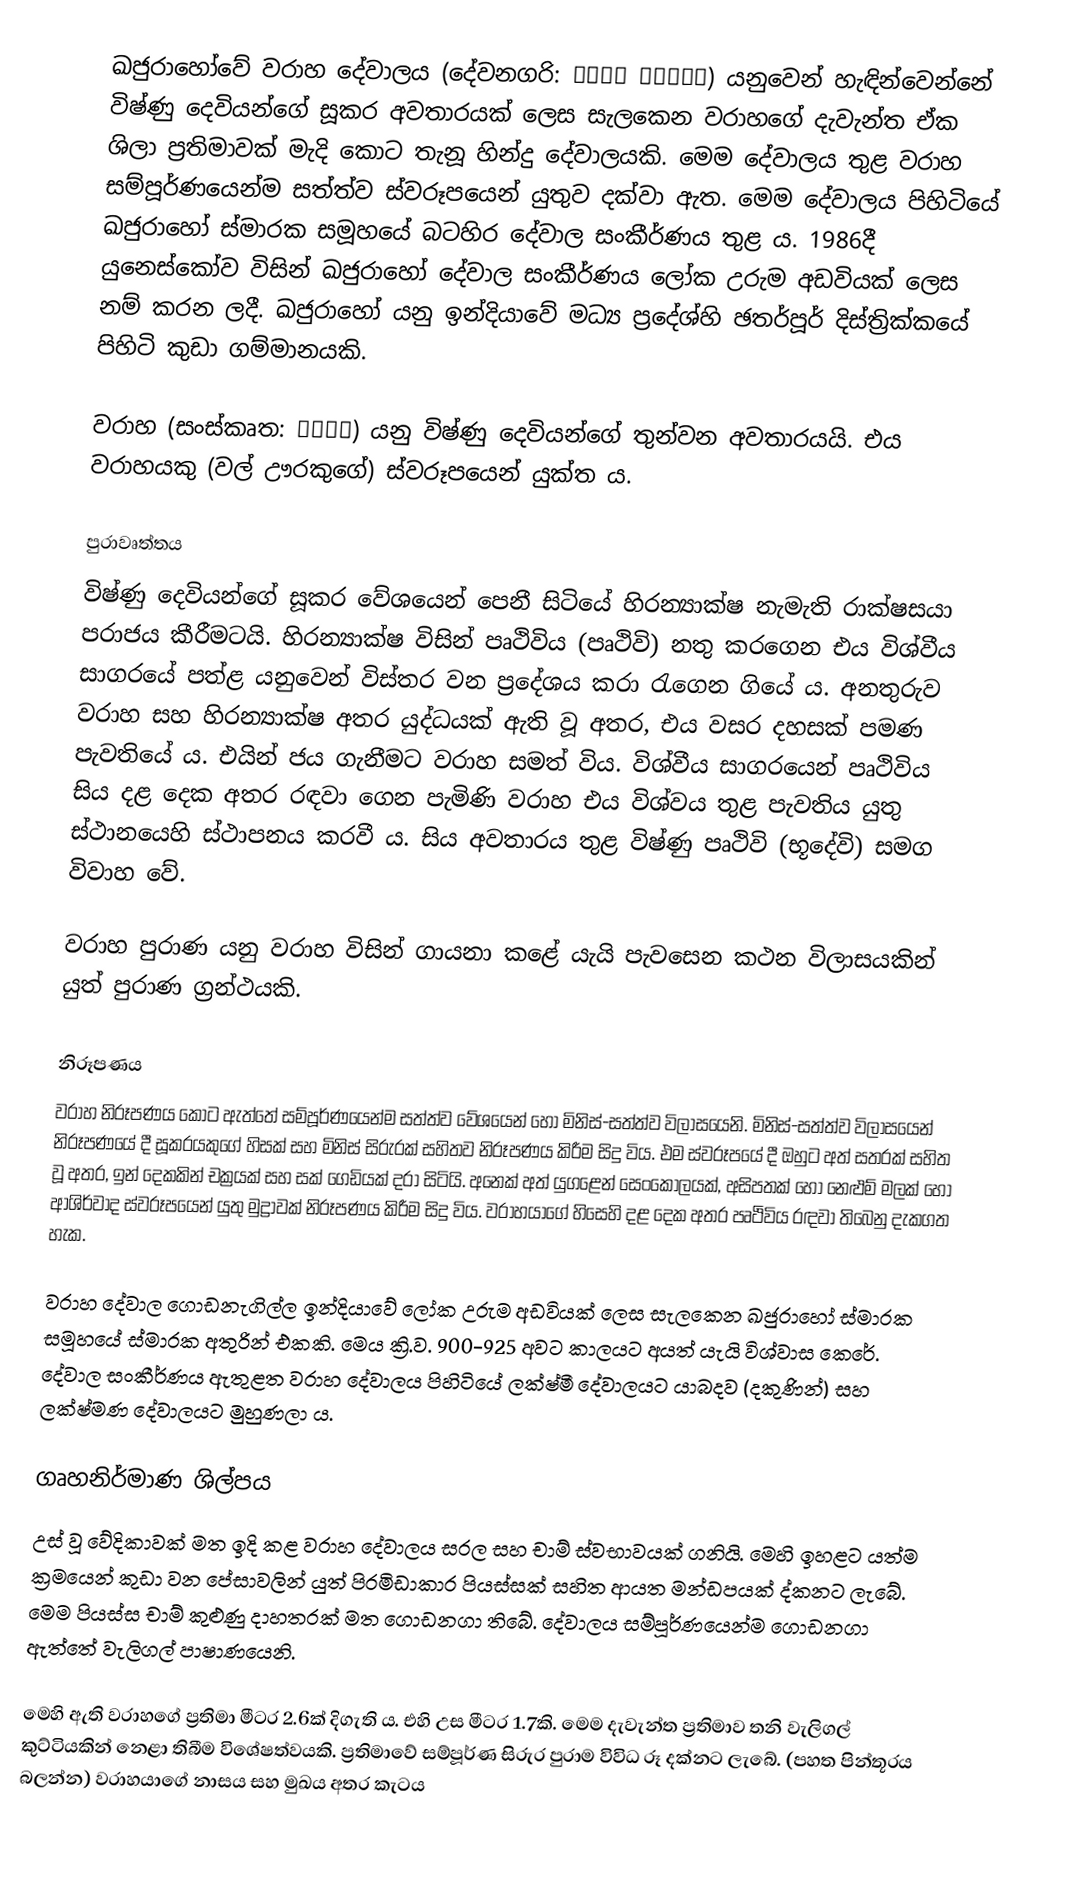
ඛජුරාහෝවේ වරාහ දේවාලය (දේවනගරි: वराह मंदिर) යනුවෙන් හැඳින්වෙන්නේ විෂ්ණු දෙවියන්ගේ සූකර අවතාරයක් ලෙස සැලකෙන වරාහගේ දැවැන්ත ඒක ශිලා ප්‍රතිමාවක් මැදි කොට තැනූ හින්දු දේවාලයකි. මෙම දේවාලය තුළ වරාහ සම්පූර්ණයෙන්ම සත්ත්ව ස්වරූපයෙන් යුතුව දක්වා ඇත. මෙම දේවාලය පිහිටියේ ඛජුරාහෝ ස්මාරක සමූහයේ බටහිර දේවාල සංකීර්ණය තුළ ය. 1986දී යුනෙස්කෝව විසින් ඛජුරාහෝ දේවාල සංකීර්ණය ලෝක උරුම අඩවියක් ලෙස නම් කරන ලදී. ඛජුරාහෝ යනු ඉන්දියාවේ මධ්‍ය ප්‍රදේශ්හි ඡතර්පූර් දිස්ත්‍රික්කයේ පිහිටි කුඩා ගම්මානයකි.

වරාහ (සංස්කෘත: वराह) යනු විෂ්ණු දෙවියන්ගේ තුන්වන අවතාරයයි. එය වරාහයකු (වල් ඌරකුගේ) ස්වරූපයෙන් යුක්ත ය.

පුරාවෘත්තය
විෂ්ණු දෙවියන්ගේ සූකර වේශයෙන් පෙනී සිටියේ හිරන්‍යාක්ෂ නැමැති රාක්ෂසයා පරාජය කීරීමටයි. හිරන්‍යාක්ෂ විසින් පෘථිවිය (පෘථිවි) නතු කරගෙන එය විශ්වීය සාගරයේ පත්ළ යනුවෙන් විස්තර වන ප්‍රදේශය කරා රැගෙන ගියේ ය. අනතුරුව වරාහ සහ හිරන්‍යාක්ෂ අතර යුද්ධයක් ඇති වූ අතර, එය වසර දහසක් පමණ පැවතියේ ය. එයින් ජය ගැනීමට වරාහ සමත් විය. විශ්වීය සාගරයෙන් පෘථිවිය සිය දළ දෙක අතර රඳවා ගෙන පැමිණි වරාහ එය විශ්වය තුළ පැවතිය යුතු ස්ථානයෙහි ස්ථාපනය කරවී ය. සිය අවතාරය තුළ විෂ්ණු පෘථිවි (භූදේවි) සමග විවාහ වේ.

වරාහ පුරාණ යනු වරාහ විසින් ගායනා කළේ යැයි පැවසෙන කථන විලාසයකින් යුත් පුරාණ ග්‍රන්ථයකි.

නිරූපණය
වරාහ නිරූපණය කොට ඇත්තේ සම්පූර්ණයෙන්ම සත්ත්ව වේශයෙන් හෝ මිනිස්-සත්ත්ව විලාසයෙනි. මිනිස්-සත්ත්ව විලාසයෙන් නිරූපණයේ දී සූකරයකුගේ හිසක් සහ මිනිස් සිරුරක් සහිතව නිරූපණය කිරීම සිදු විය. එම ස්වරූපයේ දී ඔහුට අත් සතරක් සහිත වූ අතර, ඉන් දෙකකින් චක්‍රයක් සහ සක් ගෙඩියක් දරා සිටියි. අනෙක් අත් යුගළෙන් සෙංකෝලයක්, අසිපතක් හෝ නෙළුම් මලක් හෝ ආශිර්වාද ස්වරූපයෙන් යුතු මුද්‍රාවක් නිරූපණය කිරීම සිදු විය. වරාහයාගේ හිසෙහි දළ දෙක අතර පෘථිවිය රඳවා තිබෙනු දැකගත හැක.

වරාහ දේවාල ගොඩනැගිල්ල ඉන්දියාවේ ලෝක උරුම අඩවියක් ලෙස සැලකෙන ඛජුරාහෝ ස්මාරක සමූහයේ ස්මාරක අතුරින් එකකි. මෙය ක්‍රි.ව. 900-925 අවට කාලයට අයත් යැයි විශ්වාස කෙරේ. දේවාල සංකීර්ණය ඇතුළත වරාහ දේවාලය පිහිටියේ ලක්ෂ්මී දේවාලයට යාබදව (දකුණින්) සහ ලක්ෂ්මණ දේවාලයට මුහුණලා ය.

ගෘහනිර්මාණ ශිල්පය
උස් වූ වේදිකාවක් මත ඉදි කළ වරාහ දේවාලය සරල සහ චාම් ස්වභාවයක් ගනියි. මෙහි ඉහළට යත්ම ක්‍රමයෙන් කුඩා වන පේසාවලින් යුත් පිරමිඩාකාර පියස්සක් සහිත ආයත මන්ඩපයක් ද්කනට ලැබේ. මෙම පියස්ස චාම් කුළුණු දාහතරක් මත ගොඩනගා තිබේ. දේවාලය සම්පූර්ණයෙන්ම ගොඩනගා ඇත්තේ වැලිගල් පාෂාණයෙනි.

මෙහි ඇති වරාහගේ ප්‍රතිමා මීටර 2.6ක් දිගැති ය. එහි උස මීටර 1.7කි. මෙම දැවැන්ත ප්‍රතිමාව තනි වැලිගල් කුට්ටියකින් නෙළා තිබීම විශේෂත්වයකි. ප්‍රතිමාවේ සම්පූර්ණ සිරුර පුරාම විවිධ රූ දක්නට ලැබේ. (පහත පින්තූරය බලන්න) වරාහයාගේ නාසය සහ මුඛය අතර කැටය